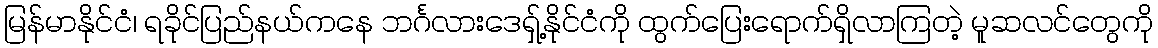
မြန်မာနိုင်ငံ၊ ရခိုင်ပြည်နယ်ကနေ ဘင်္ဂလားဒေရှ့်နိုင်ငံကို ထွက်ပြေးရောက်ရှိလာကြတဲ့ မူဆလင်တွေကို